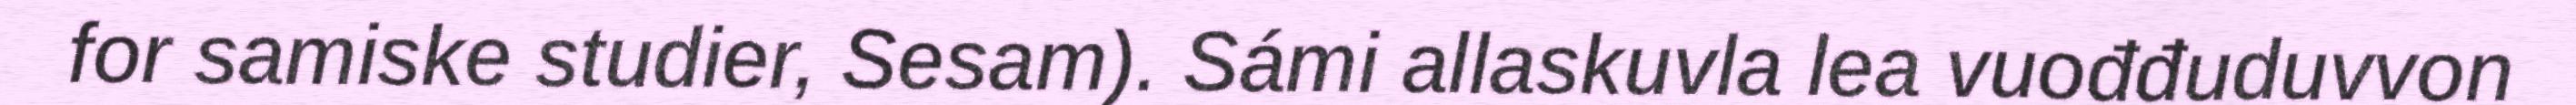
for samiske studier, Sesam). Sámi allaskuvla lea vuođđuduvvon